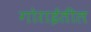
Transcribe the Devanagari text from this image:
गोराईतील